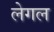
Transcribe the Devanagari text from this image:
लेगल